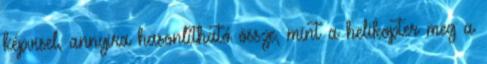
képvisel, annyira hasonlítható össze, mint a helikopter meg a